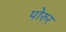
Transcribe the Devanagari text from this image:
पोरुर